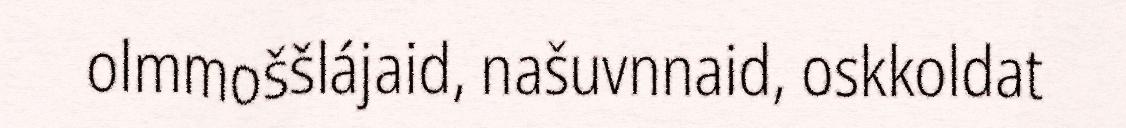
olmmoššlájaid, našuvnnaid, oskkoldat